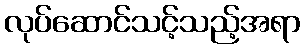
လုပ်ဆောင်သင့်သည့်အရာ